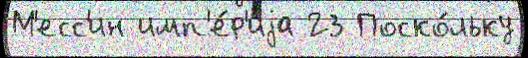
М'есс'ин имп'е́р'иjа 23 Поско́льку